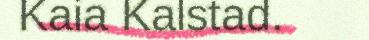
Kaia Kalstad.